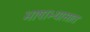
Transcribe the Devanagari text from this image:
भाषाभ्यासात